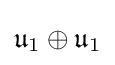
{\mathfrak {u}}_{1}\oplus {\mathfrak {u}}_{1}